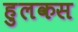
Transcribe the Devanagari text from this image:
हुलकस